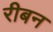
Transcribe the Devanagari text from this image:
रीबन